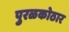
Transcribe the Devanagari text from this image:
पुरळकोठार